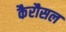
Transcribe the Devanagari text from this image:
कैरौसल